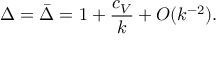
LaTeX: \Delta = \bar { \Delta } = 1 + { \frac { c _ { V } } { k } } + { \cal O } ( k ^ { - 2 } ) .